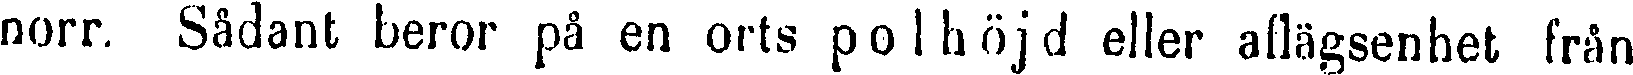
norr. Sådant beror på en orts polhöjd eller aflägsenhet från